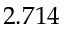
2 . 7 1 4